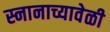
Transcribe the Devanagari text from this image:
स्नानाच्यावेळी